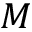
M